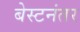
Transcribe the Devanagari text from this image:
बेस्टनंतर